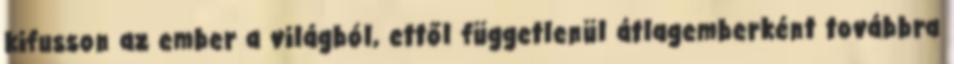
kifusson az ember a világból, ettől függetlenül átlagemberként továbbra